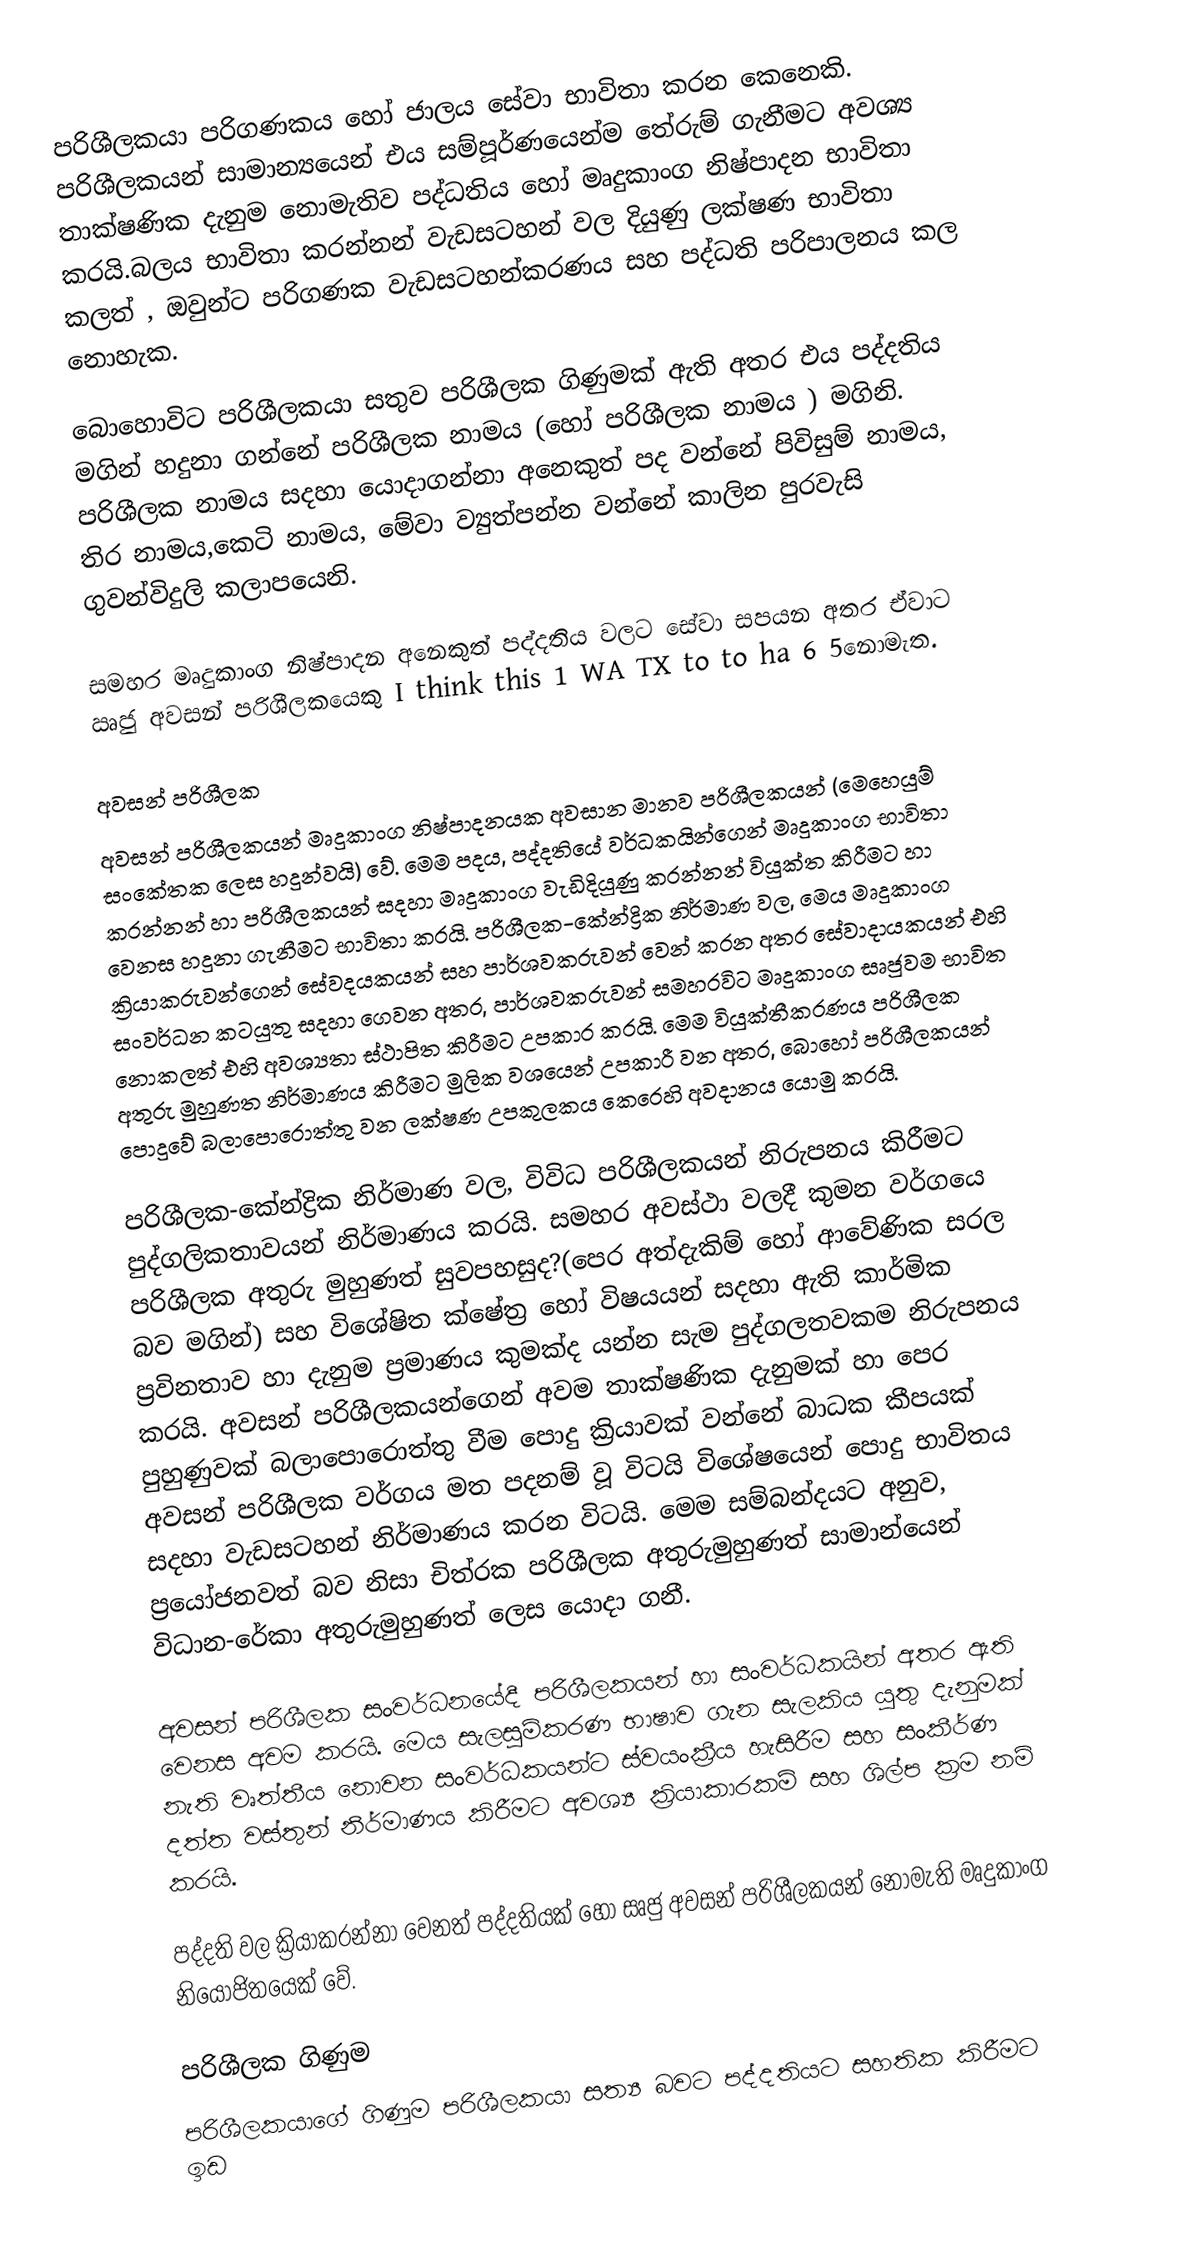
පරිශීලකයා පරිගණකය හෝ ජාලය සේවා භාවිතා කරන කෙනෙකි. පරිශීලකයන් සාමාන්‍යයෙන් එය සම්පූර්ණයෙන්ම තේරුම් ගැනීමට අවශ්‍ය තාක්ෂණික දැනුම නොමැතිව පද්ධතිය හෝ මෘදුකාංග නිෂ්පාදන  භාවිතා කරයි.බලය භාවිතා කරන්නන් වැඩසටහන් වල දියුණු ලක්ෂණ භාවිතා කලත් , ඔවුන්ට පරිගණක වැඩසටහන්කරණය සහ පද්ධති පරිපාලනය කල නොහැක. 

බොහොවිට පරිශීලකයා සතුව පරිශීලක ගිණුමක් ඇති අතර එය පද්දතිය මගින් හදුනා ගන්නේ පරිශීලක නාමය (හෝ පරිශීලක නාමය ) මගිනි. පරිශීලක නාමය සදහා යොදාගන්නා අනෙකුත් පද වන්නේ පිවිසුම් නාමය, තිර නාමය,කෙටි නාමය, මේවා  ව්‍යුත්පන්න වන්නේ කාලින පුරවැසි ගුවන්විදුලි කලාපයෙනි.

සමහර මෘදුකාංග නිෂ්පාදන අනෙකුත් පද්දතිය වලට සේවා සපයන අතර ඒවාට ඍජු අවසන් පරිශීලකයෙකු I think this 1 WA TX to to ha 6 5නොමැත.

අවසන් පරිශීලක
අවසන් පරිශීලකයන් මෘදුකාංග නිෂ්පාදනයක අවසාන මානව පරිශීලකයන් (මෙහෙයුම් සංකේතක ලෙස හදුන්වයි) වේ. මෙම පදය, පද්දතියේ වර්ධකයින්ගෙන් මෘදුකාංග භාවිතා කරන්නන් හා පරිශීලකයන් සදහා මෘදුකාංග වැඩිදියුණු කරන්නන් වියුක්ත කිරීමට හා වෙනස හදුනා ගැනීමට භාවිතා කරයි. පරිශීලක-කේන්ද්‍රික නිර්මාණ වල, මෙය මෘදුකාංග ක්‍රියාකරුවන්ගෙන් සේවදයකයන් සහ පාර්ශවකරුවන් වෙන් කරන අතර සේවාදායකයන් එහි සංවර්ධන කටයුතු සදහා ගෙවන අතර, පාර්ශවකරුවන් සමහරවිට මෘදුකාංග සෘජුවම භාවිත නොකලත් එහි අවශ්‍යතා ස්ථාපිත කිරීමට උපකාර කරයි.  මෙම වියුක්තීකරණය පරිශීලක අතුරු මුහුණත නිර්මාණය කිරීමට මුලික වශයෙන් උපකාරී වන අතර, බොහෝ පරිශීලකයන් පොදුවේ බලාපොරොත්තු වන ලක්ෂණ උපකුලකය කෙරෙහි අවදානය යොමු කරයි.

පරිශීලක-කේන්ද්‍රික නිර්මාණ වල, විවිධ පරිශීලකයන් නිරුපනය කිරීමට පුද්ගලිකතාවයන් නිර්මාණය කරයි. සමහර අවස්ථා වලදී කුමන වර්ගයෙ පරිශීලක අතුරු මුහුණත් සුවපහසුද?(පෙර අත්දැකිම් හෝ ආවේණික සරල බව මගින්) සහ විශේෂිත ක්ෂේත්‍ර හෝ විෂයයන් සදහා ඇති  කාර්මික ප්‍රවිනතාව හා දැනුම ප්‍රමාණය කුමක්ද යන්න සැම පුද්ගලතවකම නිරුපනය කරයි.  අවසන් පරිශීලකයන්ගෙන් අවම තාක්ෂණික දැනුමක් හා පෙර පුහුණුවක් බලාපොරොත්තු වීම පොදු ක්‍රියාවක් වන්නේ බාධක කීපයක් අවසන් පරිශීලක වර්ගය මත පදනම් වූ විටයි විශේෂයෙන් පොදු භාවිතය සදහා වැඩසටහන් නිර්මාණය කරන විටයි. මෙම සම්බන්දයට අනුව, ප්‍රයෝජනවත් බව නිසා චිත්රක පරිශීලක අතුරුමුහුණත් සාමාන්යෙන් විධාන-රේකා අතුරුමුහුණත් ලෙස යොදා ගනී. 

අවසන් පරිශීලක සංවර්ධනයේදී පරිශීලකයන් හා සංවර්ධකයින් අතර ඇති වෙනස අවම කරයි. මෙය සැලසුම්කරණ භාෂාව ගැන සැලකිය යුතු දැනුමක් නැති වෘත්තීය නොවන සංවර්ධකයන්ට ස්වයංක්‍රීය හැසිරීම සහ සංකීර්ණ දත්ත වස්තුන් නිර්මාණය කිරීමට අවශ්‍ය ක්‍රියාකාරකම් සහ ශිල්ප ක්‍රම  නම් කරයි.

පද්දති වල ක්‍රියාකරන්නා වෙනත් පද්දතියක් හෝ සෘජු අවසන් පරිශීලකයන් නොමැති මෘදුකාංග නියෝජිතයෙක් වේ.

පරිශීලක ගිණුම
පරිශීලකයාගේ ගිණුම පරිශීලකයා සත්‍ය බවට පද්දතියට සහතික කිරීමට ඉඩ